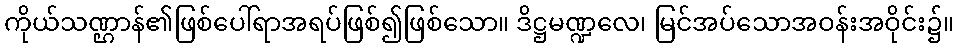
ကိုယ်သဏ္ဌာန်၏ဖြစ်ပေါ်ရာအရပ်ဖြစ်၍ဖြစ်သော။ ဒိဋ္ဌမဏ္ဍလေ၊ မြင်အပ်သောအဝန်းအဝိုင်း၌။